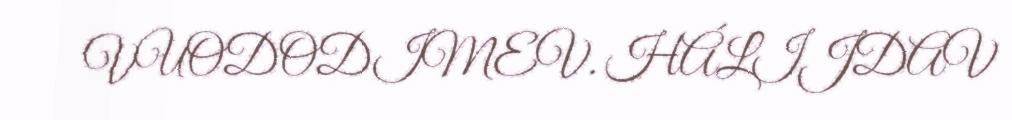
VUODODIMEV. HÁLIJDAV